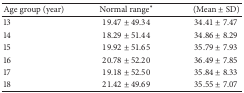
<table><thead><tr><td><b>Age group (year)</b></td><td><b>Normal range*</b></td><td><b>(Mean ± SD)</b></td></tr></thead><tbody><tr><td>13 </td><td>19.47 ± 49.34</td><td>34.41 ± 7.47</td></tr><tr><td>14 </td><td>18.29 ± 51.44</td><td>34.86 ± 8.29</td></tr><tr><td>15 </td><td>19.92 ± 51.65</td><td>35.79 ± 7.93</td></tr><tr><td>16 </td><td>20.78 ± 52.20</td><td>36.49 ± 7.85</td></tr><tr><td>17 </td><td>19.18 ± 52.50</td><td>35.84 ± 8.33</td></tr><tr><td>18 </td><td>21.42 ± 49.69</td><td>35.55 ± 7.07</td></tr></tbody></table>